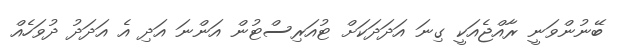
ބޭނުންވަނީ ރާއްޖެއަކީ ގިނަ އަދަދަކަށް ޓުއަރިސްޓުން އަންނަ އަދި އެ އަދަދު ދުވަހެއް